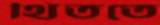
থিততে